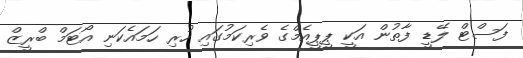
ފަސްޓް ލޭޑީ ފާތުން އަކީ ޕީޕީއެމްގެ ވެރިކަމުގައި ހުރި ހަމައެކަނި އޯޓަމް ބްރީޒް